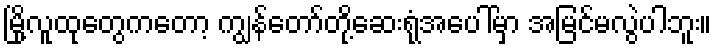
မြို့လူထုတွေကတော့ ကျွန်တော်တို့ဆေးရုံအပေါ်မှာ အမြင်မလွဲပါဘူး။